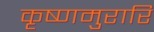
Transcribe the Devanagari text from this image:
कृष्णमुरारि